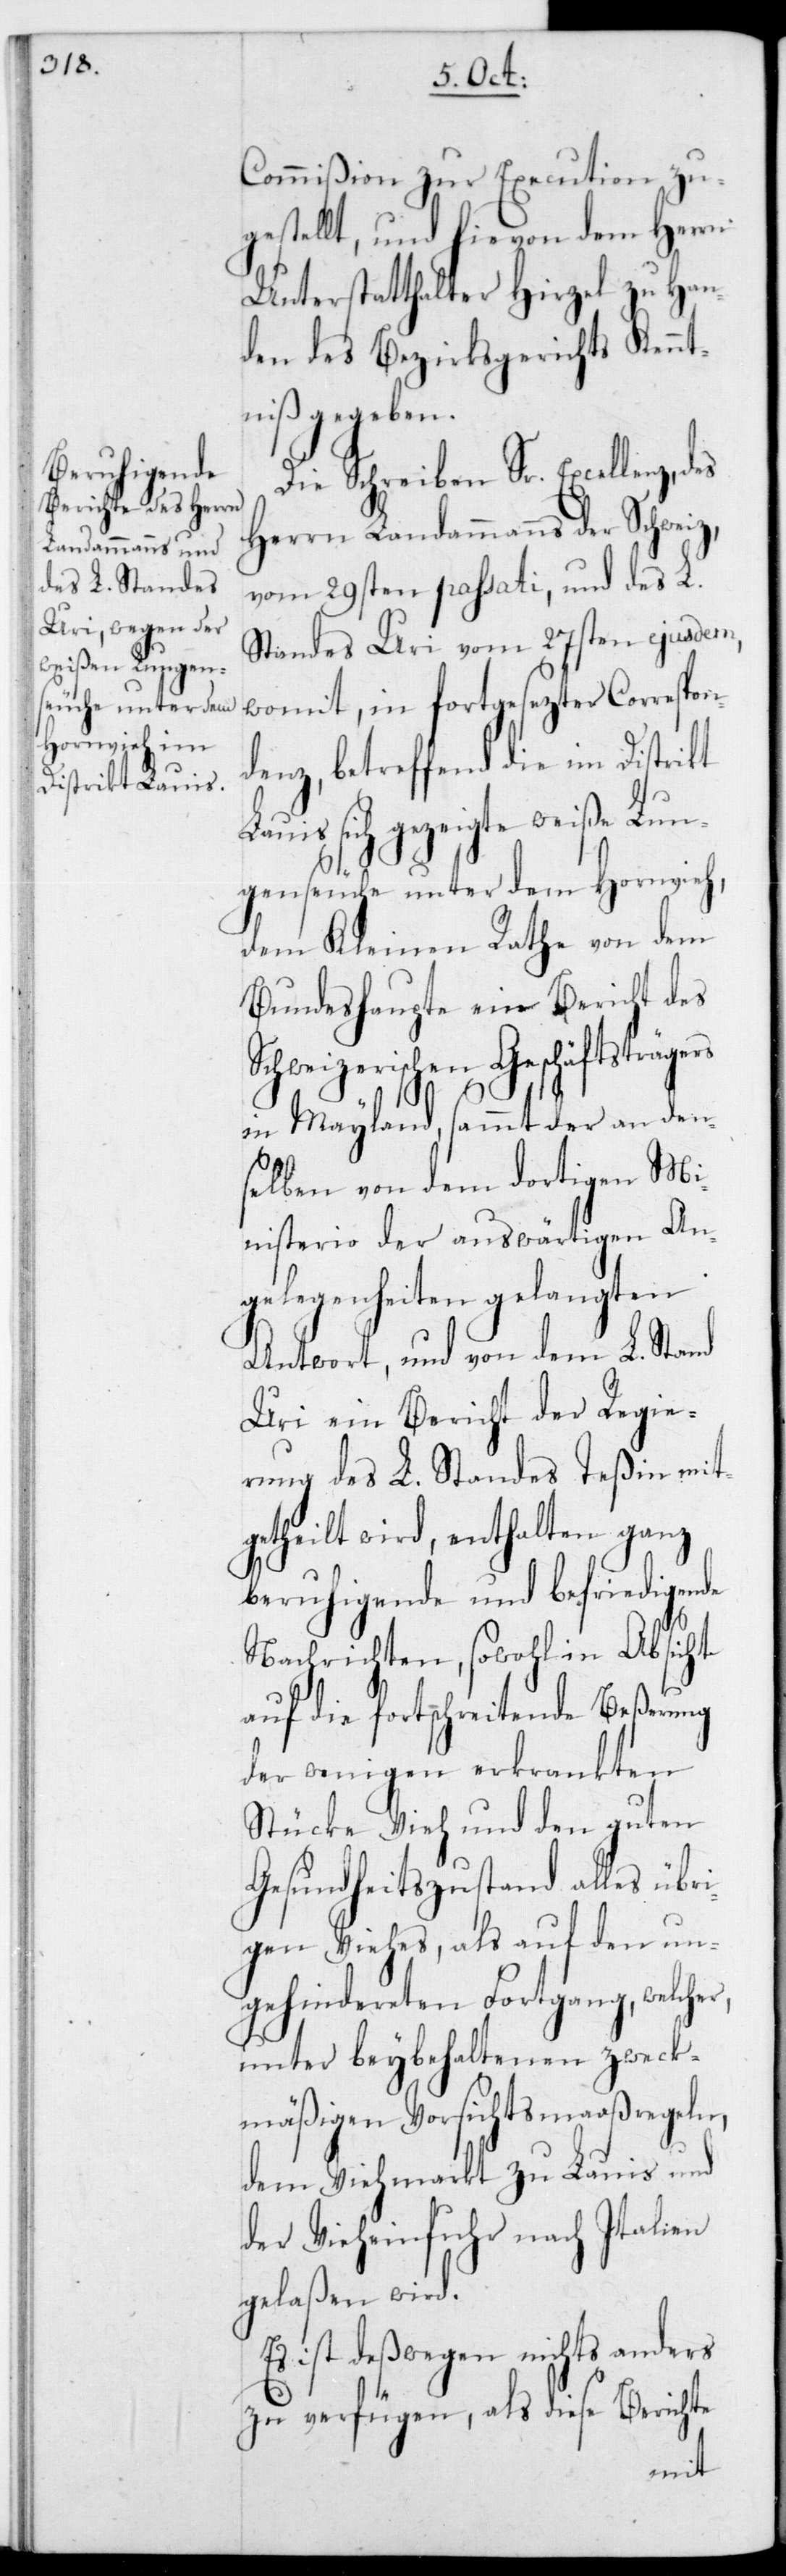
Commißion zur Execution zu¬
gestellt, und hievon dem Herrn
Unterstatthalter Hirzel zu Han¬
den des Bezirksgerichts Kennt¬
niß gegeben.
Die Schreiben Sr.
Herrn Landammanns der Schweiz,
vom 29sten passati, und des L.
Standes Uri vom 27sten ejusdem,
womit in fortgesezter Correspon¬
denz, betreffend die im Distrikt
sich gezeigte weiße Lun¬
genseuche unter dem Hornvieh,
dem Kleinen Rathe von dem
Bundeshaupte ein Bericht des
Schweizerischen Geschäftsträgers
in Mayland, sammt der an den¬
selben von dem dortigen Mi¬
nisterio der auswärtigen An¬
gelegenheiten gelangten
Antwort, und von dem L. Stand
Uri ein Bericht der Regie¬
rung des L. Standes Teßin mit¬
getheilt wird, enthaltend ganz
beruhigende und befriedigende
Nachrichten, sowohl in Absicht
auf die fortschreitende Beßerung
der wenigen erkrankten
Stücke Vieh und den guten
Gesundheitszustand alles übri¬
gen Viehes, als auf den un¬
gehindereten Fortgang, welcher,
unter beybehaltenen zweck¬
mäßigen Vorsichtsmaaßregeln,
dem Viehmarkt zu Lauis und
der Vieheinfuhr nach Italien
gelaßen wird.
Es ist deßwegen nichts anders
zu verfügen, als diese Berichte